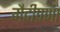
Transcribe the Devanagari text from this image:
गैदीपणा